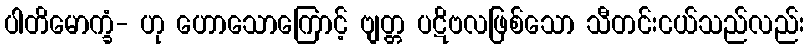
ပါတိမောက္ခံ- ဟု ဟောသောကြောင့် ဗျတ္တ ပဋိဗလဖြစ်သော သီတင်းငယ်သည်လည်း